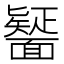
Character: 𮧒